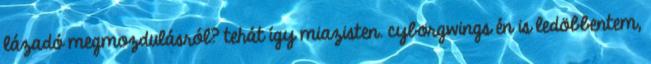
lázadó megmozdulásról? tehát így miazisten. cyborgwings én is ledöbbentem,